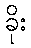
ခိုး